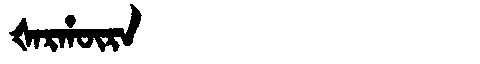
Manchu: ᡧᠠᡵᡥᡡᡵᠠ
Romanization: ŠARHŪRA